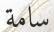
سامة